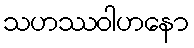
သဟဿဝါဟနော